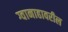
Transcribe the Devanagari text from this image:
ग्वानाहावरील